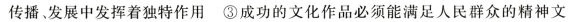
传播、发展中发挥着独特作用 ③成功的文化作品必须能满足人民群众的精神文